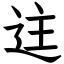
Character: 迬